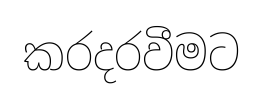
කරදරවීමට